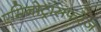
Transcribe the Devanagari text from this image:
एमिनोट्रांसफरेज